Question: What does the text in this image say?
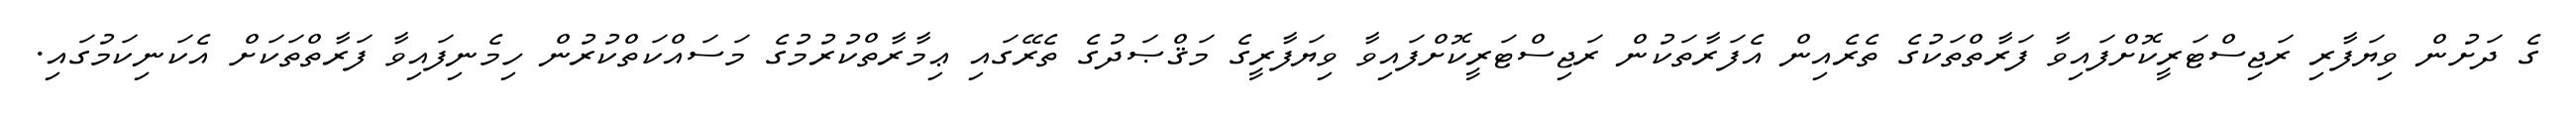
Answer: ގެ ދަށުން ވިޔަފާރި ރަޖިސްޓަރީކޮށްފައިވާ ފަރާތްތަކުގެ ތެރެއިން އެފަރާތަކުން ރަޖިސްޓަރީކޮށްފައިވާ ވިޔަފާރީގެ މަޤްޞަދުގެ ތެރޭގައި ޢިމާރާތްކުރުމުގެ މަސައްކަތްކުރުން ހިމެނިފައިވާ ފަރާތްތަކަށް އެކަނިކަމުގައި.